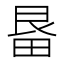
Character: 𭻓